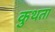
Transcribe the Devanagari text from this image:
कुथता